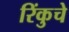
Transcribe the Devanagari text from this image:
रिंकुचे